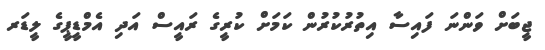
ޖީބަށް ވަންނަ ފައިސާ އިތުރުކުރުން ކަމަށް ކުރީގެ ރައީސް އަދި އެމްޑީޕީގެ ލީޑަރ